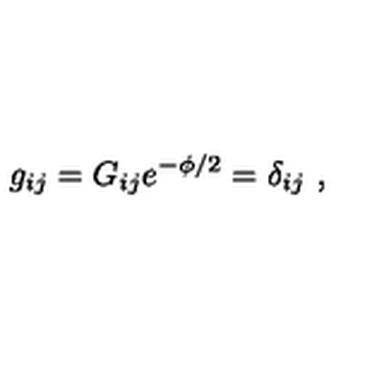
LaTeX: g _ { i j } = G _ { i j } e ^ { - \phi / 2 } = \delta _ { i j } \ ,